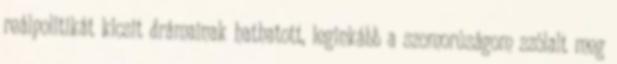
reálpolitikát kicsit drámainak hathatott, leginkább a szomorúságom szólalt meg